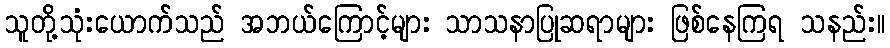
သူတို့သုံးယောက်သည် အဘယ်ကြောင့်များ သာသနာပြုဆရာများ ဖြစ်နေကြရ သနည်း။